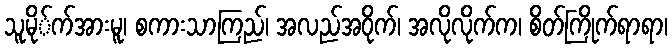
သူမို်က်အားမူ၊ စကားသာကြည်၊ အလည်အဝိုက်၊ အလိုလိုက်က၊ စိတ်ကြိုက်ရာရာ၊